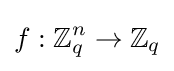
f:\mathbb {Z} _{q}^{n}\rightarrow \mathbb {Z} _{q}